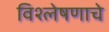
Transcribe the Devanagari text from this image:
विश्‍लेषणाचे